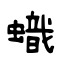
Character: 蟙